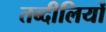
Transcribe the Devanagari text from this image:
तब्दीलियों